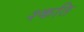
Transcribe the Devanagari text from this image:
श्कति